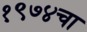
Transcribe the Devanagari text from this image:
१९७४चा